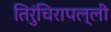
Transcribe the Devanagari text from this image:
तिरुंचिरापल्ली